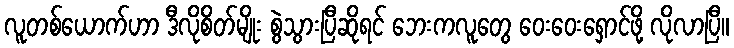
လူတစ်ယောက်ဟာ ဒီလိုစိတ်မျိုး စွဲသွားပြီဆိုရင် ဘေးကလူတွေ ဝေးဝေးရှောင်ဖို့ လိုလာပြီ။